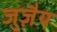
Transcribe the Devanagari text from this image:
जुज़ैय